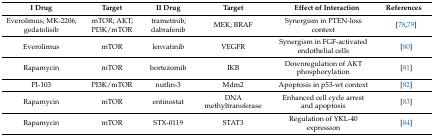
| I Drug | Target | II Drug | Target | Effect of Interaction | <COLSPAN=2> References |
 | --- | --- | --- | --- | --- | --- | --- |
 | Everolimus; MK-2206; gedatolisib | mTOR; AKT; PI3K/mTOR | trametinib; dabrafenib | MEK; BRAF | <COLSPAN=2> Synergism in PTEN-loss context | [78,79] |
 | Everolimus | mTOR | lenvatinib | VEGFR | <COLSPAN=2> Synergism in FGF-activated endothelial cells | [80] |
 | Rapamycin | mTOR | bortezomib | IKB | <COLSPAN=2> Downregulation of AKT phosphorylation | [81] |
 | PI-103 | PI3K/mTOR | nutlin-3 | Mdm2 | <COLSPAN=2> Apoptosis in p53-wt context | [82] |
 | Rapamycin | mTOR | entinostat | DNA methyltransferase | <COLSPAN=2> Enhanced cell cycle arrest and apoptosis | [83] |
 | Rapamycin | mTOR | STX-0119 | STAT3 | <COLSPAN=2> Regulation of YKL-40 expression | [84] |